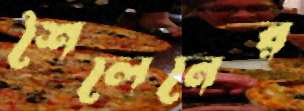
শৈলেনের